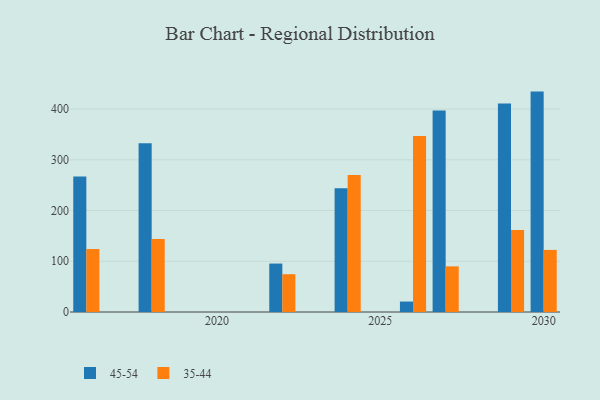
{"axis": {"x": "Year", "y": "Churn Rate (%)"}, "legend": ["35-44", "45-54"], "data": [{"x": "2027", "y": 397.4, "type": "45-54"}, {"x": "2027", "y": 90.0, "type": "35-44"}, {"x": "2030", "y": 434.5, "type": "45-54"}, {"x": "2030", "y": 122.4, "type": "35-44"}, {"x": "2024", "y": 243.9, "type": "45-54"}, {"x": "2024", "y": 270.0, "type": "35-44"}, {"x": "2018", "y": 332.7, "type": "45-54"}, {"x": "2018", "y": 143.8, "type": "35-44"}, {"x": "2029", "y": 411.1, "type": "45-54"}, {"x": "2029", "y": 161.8, "type": "35-44"}, {"x": "2016", "y": 267.0, "type": "45-54"}, {"x": "2016", "y": 124.1, "type": "35-44"}, {"x": "2022", "y": 95.5, "type": "45-54"}, {"x": "2022", "y": 74.5, "type": "35-44"}, {"x": "2026", "y": 20.6, "type": "45-54"}, {"x": "2026", "y": 347.2, "type": "35-44"}]}